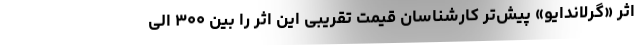
اثر «گرلاندایو» پیش‌تر کارشناسان قیمت تقریبی این اثر را بین ۳۰۰ الی